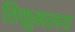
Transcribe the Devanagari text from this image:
तिंकुमलय